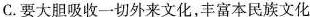
C.要大胆吸收一切外来文化，丰富本民族文化